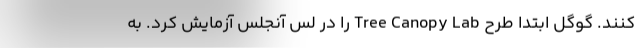
کنند. گوگل ابتدا طرح Tree Canopy Lab را در لس آنجلس آزمایش کرد. به